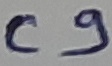
Text: C9